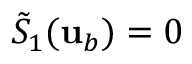
\tilde { S } _ { 1 } ( { \mathbf { u } } _ { b } ) = 0